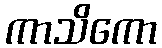
ကာသိကော